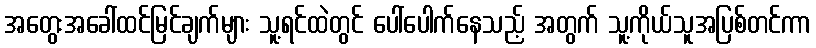
အတွေးအခေါ်ထင်မြင်ချက်များ သူ့ရင်ထဲတွင် ပေါ်ပေါက်နေသည့် အတွက် သူ့ကိုယ်သူအပြစ်တင်ကာ